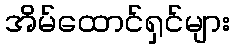
အိမ်ထောင်ရှင်များ